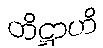
တိဋ္ဌာဟိ